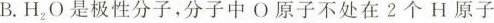
B.H $$H_{2}O$$ 是极性分子，分子中O原子不处在2个H原子